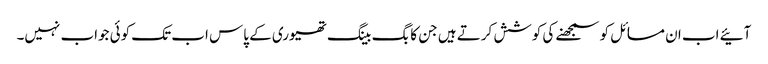
آئیے اب ان مسائل کو سمجھنے کی کوشش کرتے ہیں جن کا بگ بینگ تھیوری کے پاس اب تک کوئی جواب نہیں۔